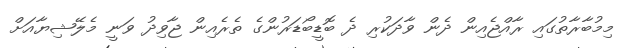
މިމުބާރާތުގައި ރާއްޖެއިން ދެން ވާދަކުރި ދެ ބޮޑީބޯޑަރުންގެ ތެރެއިން ޖާވިދު ވަނީ މެލޭޝިޔާއަށް